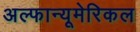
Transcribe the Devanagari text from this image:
अल्फान्यूमेरिकल